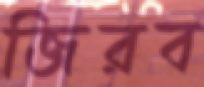
জিরব